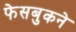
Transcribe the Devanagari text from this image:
फेसबुकने